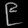
Digit: ၉